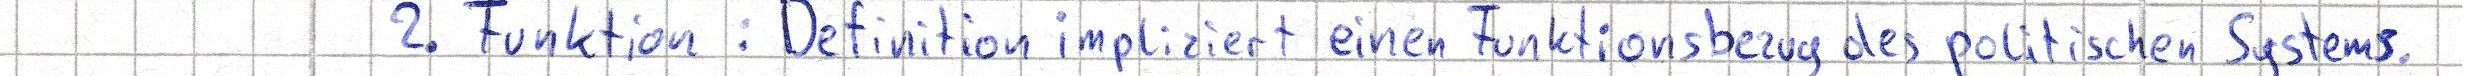
2. Funktion: Definition impliziert einen Funktionsbezug des politischen Systems